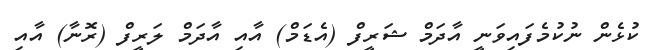
ކުޅެން ނުކުމެފައިވަނީ އާދަމް ޝަރީފް (އެޑަމް) އާއި އާދަމް ލަރީފް (ރޮނާ) އާއި